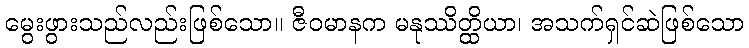
မွေးဖွားသည်လည်းဖြစ်သော။ ဇီဝမာနက မနုဿိတ္ထိယာ၊ အသက်ရှင်ဆဲဖြစ်သော